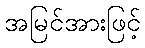
အမြင်အားဖြင့်